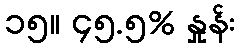
၁၅။ ၄၅.၅% နှုန်း